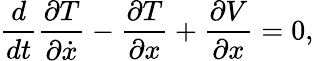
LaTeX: {\frac{d}{dt}}{\frac{\partial T}{\partial{\dot{x}}}}-{\frac{\partial T}{\partial x}}+{\frac{\partial V}{\partial x}}=0,